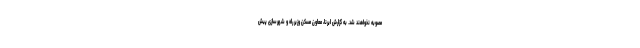
مصوبه نخواهند شد. به گزارش ایرنا، معاون مسکن وزیر راه و شهرسازی پیش